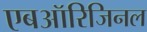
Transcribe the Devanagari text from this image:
एबऑरिजिनल